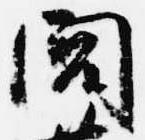
閭